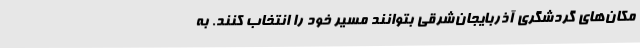
مکان‌های گردشگری آذربایجان‌شرقی بتوانند مسیر خود را انتخاب کنند. به